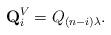
LaTeX: \begin{align*}\mathbf{Q}^V_i=Q_{(n-i)\lambda}.\end{align*}